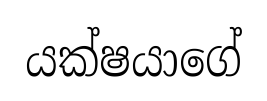
යක්ෂයාගේ